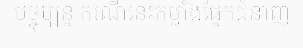
បច្ចុប្បន្ន ករណីនេះកម្លាំងផ្នែកជំនាញ